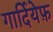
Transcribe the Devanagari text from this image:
गार्दियेफ़